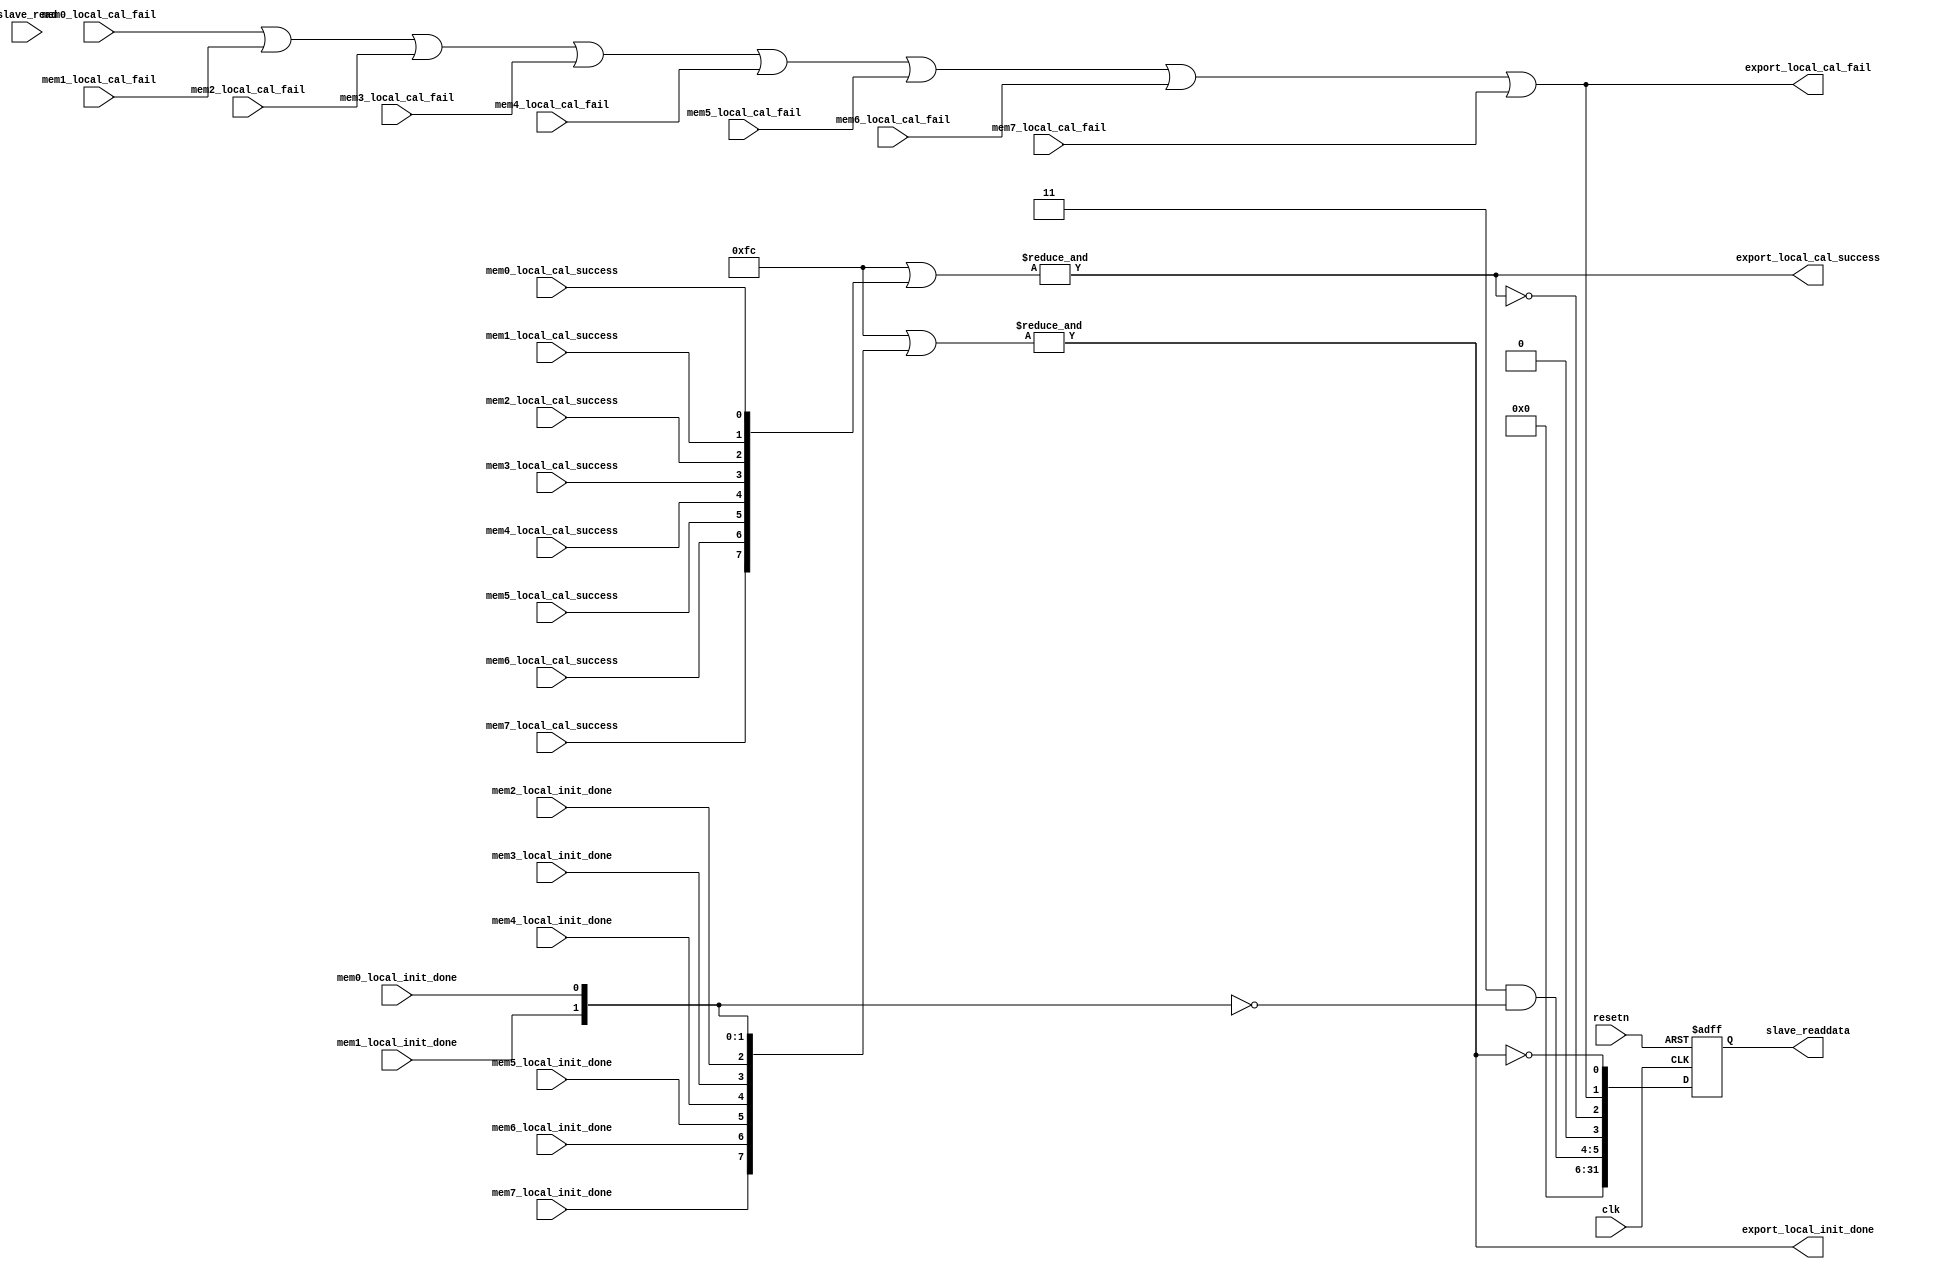
module uniphy_status
#( 
  parameter WIDTH=32,
  parameter NUM_UNIPHYS=2
)
(
   input clk,
   input resetn,
   input slave_read,
   output [WIDTH-1:0] slave_readdata,
   input  mem0_local_cal_success,
   input  mem0_local_cal_fail,
   input  mem0_local_init_done,
   input  mem1_local_cal_success,
   input  mem1_local_cal_fail,
   input  mem1_local_init_done,
   input  mem2_local_cal_success,
   input  mem2_local_cal_fail,
   input  mem2_local_init_done,
   input  mem3_local_cal_success,
   input  mem3_local_cal_fail,
   input  mem3_local_init_done,
   input  mem4_local_cal_success,
   input  mem4_local_cal_fail,
   input  mem4_local_init_done,
   input  mem5_local_cal_success,
   input  mem5_local_cal_fail,
   input  mem5_local_init_done,
   input  mem6_local_cal_success,
   input  mem6_local_cal_fail,
   input  mem6_local_init_done,
   input  mem7_local_cal_success,
   input  mem7_local_cal_fail,
   input  mem7_local_init_done,
   output  export_local_cal_success,
   output  export_local_cal_fail,
   output  export_local_init_done
);
reg [WIDTH-1:0] aggregate_uniphy_status;
wire  local_cal_success;
wire  local_cal_fail;
wire  local_init_done;
wire [NUM_UNIPHYS-1:0] not_init_done;
wire [7:0] mask;
assign mask = (NUM_UNIPHYS < 1) ? 0 : ~(8'hff << NUM_UNIPHYS);
assign local_cal_success = &( ~mask | {mem7_local_cal_success,
                                       mem6_local_cal_success,
                                       mem5_local_cal_success,
                                       mem4_local_cal_success,
                                       mem3_local_cal_success,
                                       mem2_local_cal_success,
                                       mem1_local_cal_success,
                                       mem0_local_cal_success});
assign local_cal_fail    = mem0_local_cal_fail |
                           mem1_local_cal_fail |
                           mem2_local_cal_fail |
                           mem3_local_cal_fail |
                           mem4_local_cal_fail |
                           mem5_local_cal_fail |
                           mem6_local_cal_fail |
                           mem7_local_cal_fail;
assign local_init_done =  &( ~mask |{mem7_local_init_done,
                                     mem6_local_init_done,
                                     mem5_local_init_done,
                                     mem4_local_init_done,
                                     mem3_local_init_done,
                                     mem2_local_init_done,
                                     mem1_local_init_done,
                                     mem0_local_init_done});
assign not_init_done = mask & ~{ mem7_local_init_done,
                           mem6_local_init_done,
                           mem5_local_init_done,
                           mem4_local_init_done,
                           mem3_local_init_done,
                           mem2_local_init_done,
                           mem1_local_init_done,
                           mem0_local_init_done};
always@(posedge clk or negedge resetn)
  if (!resetn)
    aggregate_uniphy_status <= {WIDTH{1'b0}};
  else
    aggregate_uniphy_status <= { not_init_done, 1'b0,
                                  {~local_cal_success,local_cal_fail,~local_init_done}
                                };
assign slave_readdata = aggregate_uniphy_status;
assign export_local_cal_success = local_cal_success;
assign export_local_cal_fail = local_cal_fail;
assign export_local_init_done = local_init_done;
endmodule